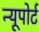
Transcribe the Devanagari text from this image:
न्‍यूपोर्ट